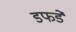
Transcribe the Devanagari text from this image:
डफडे